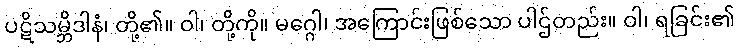
ပဋိသမ္ဘိဒါနံ၊ တို့၏။ ဝါ၊ တို့ကို။ မဂ္ဂေါ၊ အကြောင်းဖြစ်သော ပါဌ်တည်း။ ဝါ၊ ရခြင်း၏